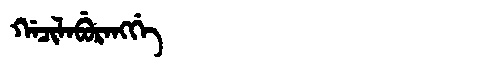
Manchu: ᡤᠠᠴᡳᠯᠠᠪᡠᡵᠠᠩᡤᡝ
Romanization: GACILABURANGGE